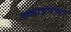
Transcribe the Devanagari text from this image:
स्काइपच्या